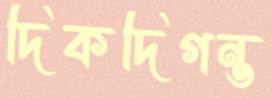
দিকদিগন্ত